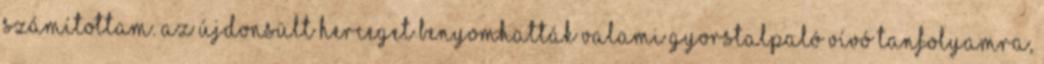
számítottam. Az újdonsült herceget benyomhatták valami gyorstalpaló vívó tanfolyamra,